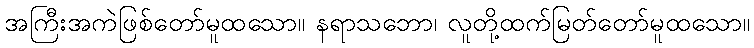
အကြီးအကဲဖြစ်တော်မူထသော။ နရာသဘော၊ လူတို့ထက်မြတ်တော်မူထသော။